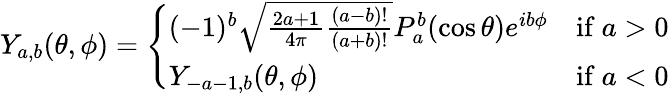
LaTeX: Y_{a,b}(\theta,\phi)={\left\{ \begin{array}{ll}{(-1)^{b}{\sqrt{{\frac{2a+1}{4\pi}}{\frac{(a-b)!}{(a+b)!}}}}P_{a}^{b}(\cos\theta)e^{ib\phi}}&{{\mathrm{if~}}a>0}\\ {Y_{-a-1,b}(\theta,\phi)}&{{\mathrm{if~}}a<0}\end{array}\right.}